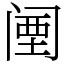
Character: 𬮱